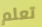
تعلم